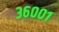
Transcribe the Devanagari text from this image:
३६००१